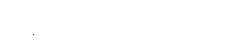
ရှားရှားပါးပါး မြင်ရတတ်သည်။